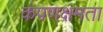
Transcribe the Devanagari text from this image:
कंपणक्षमता